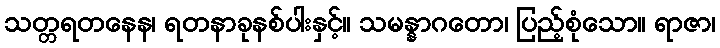
သတ္တရတနေန၊ ရတနာခုနစ်ပါးနှင့်။ သမန္နာဂတော၊ ပြည့်စုံသော။ ရာဇာ၊